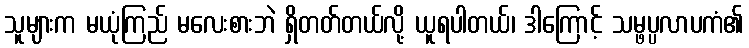
သူများက မယုံကြည် မလေးစားဘဲ ရှိတတ်တယ်လို့ ယူရပါတယ်၊ ဒါကြောင့် သမ္ဖပ္ပလာပကံ၏